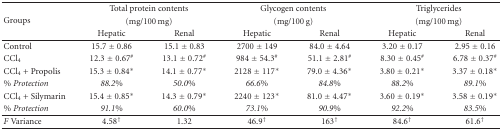
<table><thead><tr><td rowspan="3"><b>Groups</b></td><td colspan="2"><b>Total protein contents</b></td><td colspan="2"><b>Glycogen contents</b></td><td colspan="2"><b>Triglycerides</b></td></tr><tr><td colspan="2"><b>(mg/100 mg)</b></td><td colspan="2"><b>(mg/100 g)</b></td><td colspan="2"><b>(mg/100 mg)</b></td></tr><tr><td><b>Hepatic</b></td><td><b>Renal</b></td><td><b>Hepatic</b></td><td><b>Renal</b></td><td><b>Hepatic</b></td><td><b>Renal</b></td></tr></thead><tbody><tr><td>Control</td><td>15.7 ± 0.86</td><td>15.1 ± 0.83</td><td>2700 ± 149</td><td>84.0 ± 4.64</td><td>3.20 ± 0.17</td><td>2.95 ± 0.16</td></tr><tr><td>CCl<sub>4</sub></td><td>12.3 ± 0.67<sup>#</sup></td><td>13.1 ± 0.72<sup>#</sup></td><td>984 ± 54.3<sup>#</sup></td><td>51.1 ± 2.81<sup>#</sup></td><td>8.30 ± 0.45<sup>#</sup></td><td>6.78 ± 0.37<sup>#</sup></td></tr><tr><td>CCl<sub>4</sub> + Propolis</td><td>15.3 ± 0.84*</td><td>14.1 ± 0.77*</td><td>2128 ± 117*</td><td>79.0 ± 4.36*</td><td>3.80 ± 0.21*</td><td>3.37 ± 0.18*</td></tr><tr><td><i>% Protection</i></td><td><i>88.2%</i></td><td><i>50.0%</i></td><td><i>66.6%</i></td><td><i>84.8%</i></td><td><i>88.2%</i></td><td><i>89.1%</i></td></tr><tr><td>CCl<sub>4</sub> + Silymarin</td><td>15.4 ± 0.85*</td><td>14.3 ± 0.79*</td><td>2240 ± 123*</td><td>81.0 ± 4.47*</td><td>3.60 ± 0.19*</td><td>3.58 ± 0.19*</td></tr><tr><td><i>% Protection</i></td><td><i>91.1%</i></td><td><i>60.0%</i></td><td><i>73.1%</i></td><td><i>90.9%</i></td><td><i>92.2%</i></td><td><i>83.5%</i></td></tr><tr><td><i>F</i> Variance</td><td>4.58<sup>†</sup></td><td>1.32</td><td>46.9<sup>†</sup></td><td>163<sup>†</sup></td><td>84.6<sup>†</sup></td><td>61.6<sup>†</sup></td></tr></tbody></table>